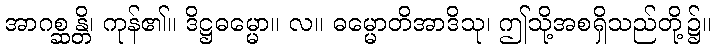
အာဂစ္ဆန္တိ၊ ကုန်၏။ ဒိဋ္ဌဓမ္မော။ လ။ ဓမ္မောတိအာဒိသု၊ ဤသို့အစရှိသည်တို့၌။